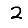
Digit: 2